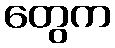
တွေက